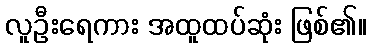
လူဦးရေကား အထူထပ်ဆုံး ဖြစ်၏။